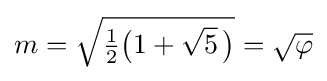
m={\sqrt {{\tfrac {1}{2}}{\bigl (}1+{\sqrt {5}}~\!{\bigr )}}}={\sqrt {\varphi }}